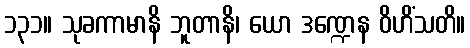
၁၃၁။ သုခကာမာနိ ဘူတာနိ၊ ယော ဒဏ္ဍေန ဝိဟိံသတိ။